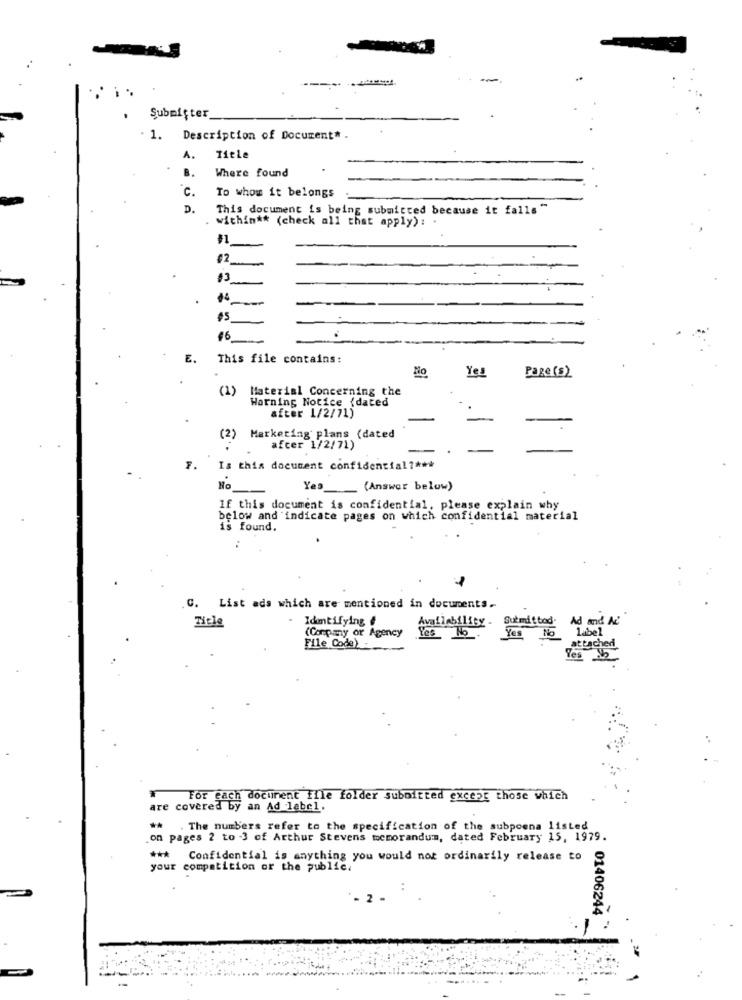
Şubmişter
1. Description of Document* .
A. Tiele
B.
Where found
c.
To whom it belongs
D.
This document is being submitted because it falls"
within ** (check all that apply) : .
#2
,3
14
€6
E.
This file contains:
Yes
Page (s)
(1)
Material Concerning the
Warning Notice {dated
after 1/2/71)
(2)
Marketing plans (dated
afcer 1/2/71)
F.
Is this document confidential ?***
No
Yes __ (Answer below)
If this document is confidential, please explain why
below and indicate pages on which confidential material
is found.
C. List ads which are mentioned in documents.
Identifying &
Butmitbad. Ad and Ac
Ticle
Availability -
label
(Compmy or Agency
Yes No
Yes No
File Code)
attached
Yes 12
For each document ffle folder suboitted except those which
are covered by an Ad label.
. The numbers refer to the specification of the subpoena listed
on pages 2 to 3 of Arthur Stevens memorandum, dated February 15, 1979.
*** Confidential is anything you would not ordinarily release to
your competition or the public.
2.
01406244